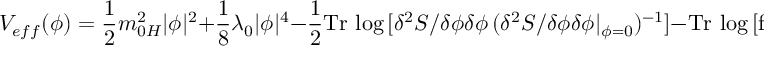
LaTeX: V _ { e f f } ( \phi ) = \frac { 1 } { 2 } m _ { 0 H } ^ { 2 } | \phi | ^ { 2 } + \frac { 1 } { 8 } \lambda _ { 0 } | \phi | ^ { 4 } - \frac { 1 } { 2 } \mathrm { T r } \, \log \, [ \delta ^ { 2 } S / \delta \phi \delta \phi \, ( \delta ^ { 2 } S / \delta \phi \delta \phi | _ { \phi = 0 } ) ^ { - 1 } ] - \mathrm { T r } \, \log \, [ \mathrm { f o r ~ o t h e r ~ f i e l d s } ]